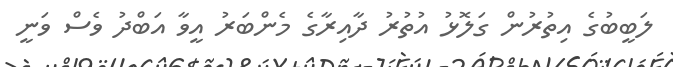
ލަބީބުގެ އިތުރުން ގަލޮޅު އުތުރު ދާއިރާގެ މެންބަރު އީވާ އަބްދު ވެސް ވަނީ